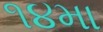
૧૪મા